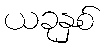
ယခုနှစ်